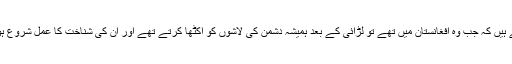
وہ لکھتے ہیں کہ جب وہ افغانستان میں تھے تو لڑائی کے بعد ہمیشہ دشمن کی لاشوں کو اکٹھا کرتے تھے اور اُن کی شناخت کا عمل شروع ہوجاتا تھا۔